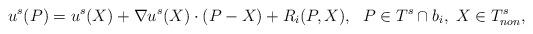
LaTeX: \begin{align*}u^s(P)=u^s(X)+ \nabla u^s(X)\cdot(P-X) + R_i(P,X), ~ \; P\in T^s\cap b_i, \; X \in T^s_{non}, \end{align*}